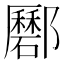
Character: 𨟟